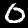
Digit: 0